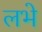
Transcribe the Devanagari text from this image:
लभे